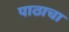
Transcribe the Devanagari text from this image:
पाठाचा